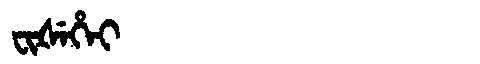
Manchu: ᠸᡳᡧᡝᡥᡝᡳ
Romanization: FIŠEHEI